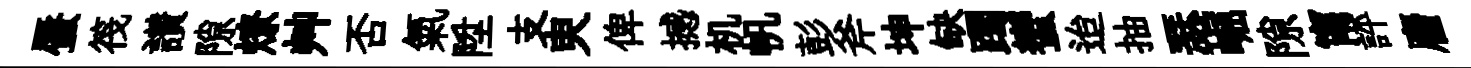
蜃筏讃隙燎艸否氣陞支㬰俾撼机帆彭斧坤缺躅蠁迨抽瑟崛隙甯評麕